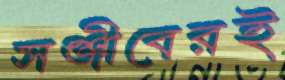
সঞ্জীবেরই